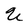
Character: U